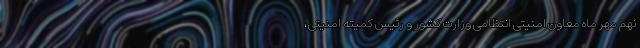
نهم مهر ماه معاون امنیتی انتظامی وزارت کشور و رئیس کمیته امنیتی،